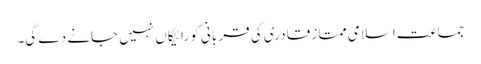
جماعت اسلامی ممتاز قادری کی قر بانی کو رائیگاں نہیں جانے دے گی۔